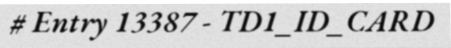
# Entry 13387 - TD1_ID_CARD